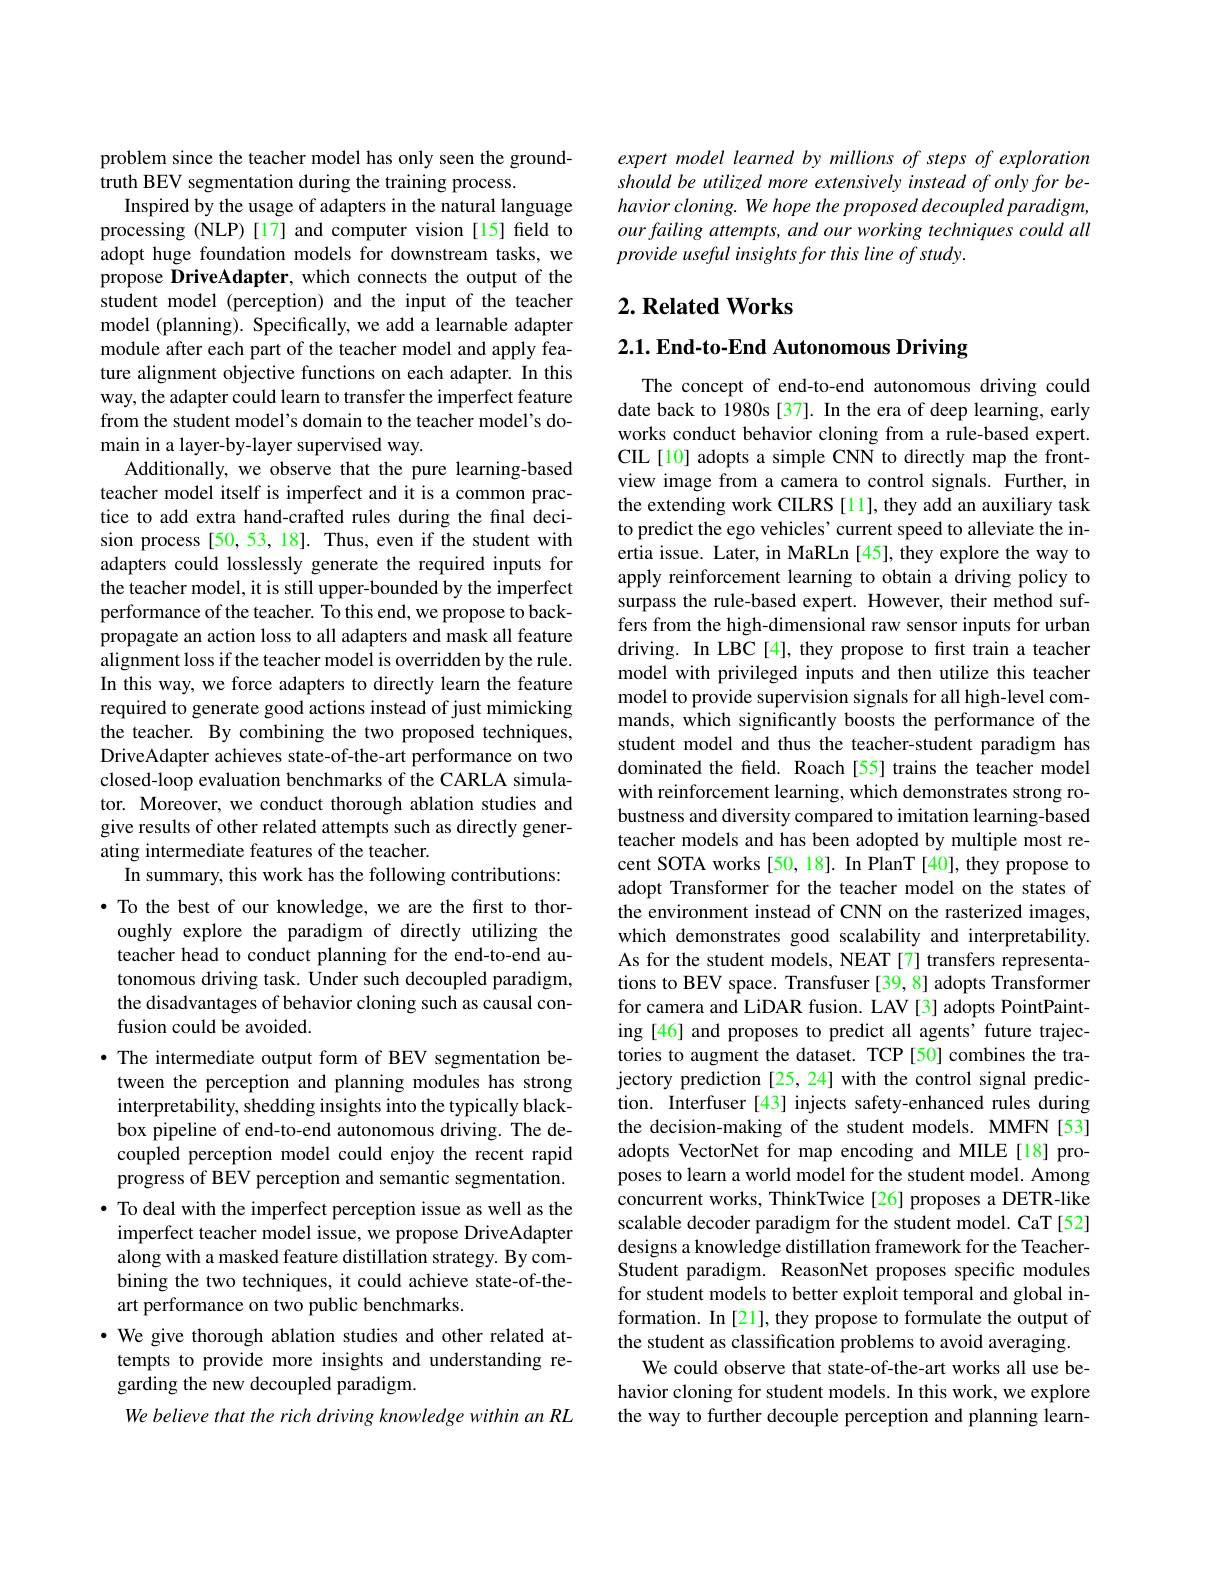
problem since the teacher model has only seen the ground-
truth BEV segmentation during the training process.
Inspired by the usage of adapters in the natural language processing (NLP) [17] and computer vision [15] field to adopt huge foundation models for downstream tasks, we propose DriveAdapter, which connects the output of the student model (perception) and the input of the teacher model (planning). Specifically, we add a learnable adapter module after each part of the teacher model and apply feature alignment objective functions on each adapter. In this way, the adapter could learn to transfer the imperfect feature from the student model's domain to the teacher model's domain in a layer-by-layer supervised way.
Additionally, we observe that the pure learning-based teacher model itself is imperfect and it is a common practice to add extra hand-crafted rules during the final decision process [50, 53, 18]. Thus, even if the student with adapters could losslessly generate the required inputs for the teacher model, it is still upper-bounded by the imperfect performance of the teacher. To this end, we propose to backpropagate an action loss to all adapters and mask all feature alignment loss if the teacher model is overridden by the rule. In this way, we force adapters to directly learn the feature required to generate good actions instead of just mimicking the teacher. By combining the two proposed techniques, DriveAdapter achieves state-of-the-art performance on two closed-loop evaluation benchmarks of the CARLA simulator. Moreover, we conduct thorough ablation studies and give results of other related attempts such as directly generating intermediate features of the teacher.
In summary, this work has the following contributions: $\bullet$ To the best of our knowledge, we are the first to thoroughly explore the paradigm of directly utilizing the teacher head to conduct planning for the end-to-end autonomous driving task. Under such decoupled paradigm, the disadvantages of behavior cloning such as causal confusion could be avoided.
$\bullet$ The intermediate output form of BEV segmentation between the perception and planning modules has strong interpretability, shedding insights into the typically blackbox pipeline of end-to-end autonomous driving. The decoupled perception model could enjoy the recent rapid progress of BEV perception and semantic segmentation. · To deal with the imperfect perception issue as well as the imperfect teacher model issue, we propose DriveAdapter along with a masked feature distillation strategy. By combining the two techniques, it could achieve state-of-theart performance on two public benchmarks.
· We give thorough ablation studies and other related attempts to provide more insights and understanding regarding the new decoupled paradigm.
We believe that the rich driving knowledge within an RL

expert model learned by millions of steps of exploration should be utilized more extensively instead of only for behavior cloning. We hope the proposed decoupled paradigm, our failing attempts, and our working techniques could all provide useful insights for this line of study.

## $2. \textbf{Related Works}$

2.1. End-to-End Autonomous Driving

The concept of end-to-end autonomous driving could date back to 1980s [37]. In the era of deep learning, early works conduct behavior cloning from a rule-based expert. CIL [10] adopts a simple CNN to directly map the frontview image from a camera to control signals. Further, in the extending work CILRS [11], they add an auxiliary task to predict the ego vehicles' current speed to alleviate the inertia issue. Later, in MaRLn[45], they explore the way to apply reinforcement learning to obtain a driving policy to surpass the rule-based expert. However, their method suffers from the high-dimensional raw sensor inputs for urban driving. In LBC[4], they propose to first train a teacher model with privileged inputs and then utilize this teacher model to provide supervision signals for all high-level commands, which significantly boosts the performance of the student model and thus the teacher-student paradigm has dominated the feld. Roach[55] trains the teacher model with reinforcement learning, which demonstrates strong robustness and diversity compared to imitation learning-based teacher models and has been adopted by multiple most recent SOTA works [50,18]. In PlanT [40], they propose to adopt Transformer for the teacher model on the states of the environment instead of CNN on the rasterized images, which demonstrates good scalability and interpretability. As for the student models, NEAT [7] transfers representations to BEV space. Transfuser [39, 8] adopts Transformer for camera and LiDAR fusion. LAV [3] adopts PointPainting [46] and proposes to predict all agents' future trajectories to augment the dataset. TCP [50] combines the trajectory prediction [25, 24] with the control signal prediction. Interfuser[43] injects safety-enhanced rules during the decision-making of the student models. MMFN [53] adopts VectorNet for map encoding and MILE[18] proposes to learn a world model for the student model. Among concurrent works, ThinkTwice[26] proposes a DETR-like scalable decoder paradigm for the student model. CaT [52] designs a knowledge distillation framework for the TeacherStudent paradigm. ReasonNet proposes specific modules for student models to better exploit temporal and global information. In [21], they propose to formulate the output of the student as classification problems to avoid averaging.
We could observe that state-of-the-art works all use behavior cloning for student models. In this work, we explore the way to further decouple perception and planning learn-